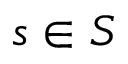
s \in S